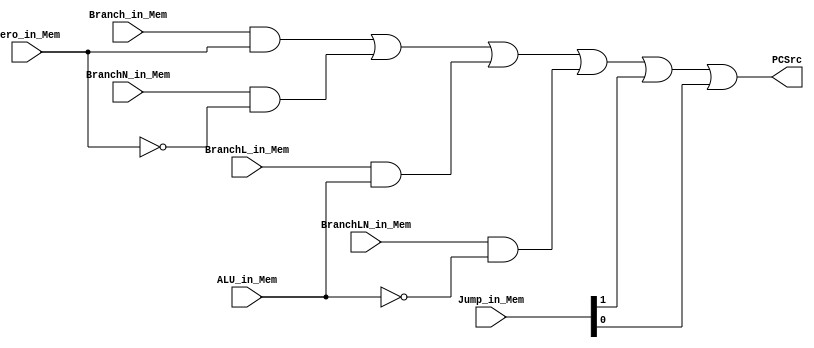
module Pipeline_Mem(
    input zero_in_Mem, //zero
    input Branch_in_Mem, //beq
    input BranchN_in_Mem, //bne
    input [1:0] Jump_in_Mem, //jal, jalr
    input BranchL_in_Mem,
    input BranchLN_in_Mem,
    input ALU_in_Mem,
    output PCSrc //PC
    );

    assign and1 = Branch_in_Mem & zero_in_Mem;
    assign and2 = BranchN_in_Mem & ~zero_in_Mem;
    assign and3 = BranchL_in_Mem & ALU_in_Mem;
    assign and4 = BranchLN_in_Mem & ~ALU_in_Mem;

    assign PCSrc = and1 | and2 | and3 | and4 | Jump_in_Mem[1] | Jump_in_Mem[0];
endmodule